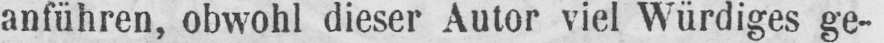
anführen, obwohl dieser Autor viel Würdiges ge-